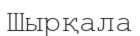
Шырқала